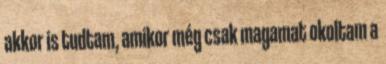
akkor is tudtam, amikor még csak magamat okoltam a